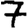
Digit: 7